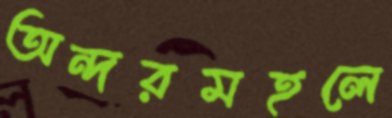
অন্দরমহলে